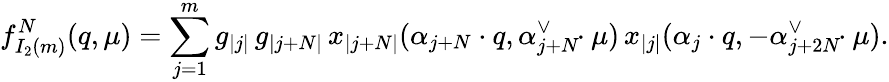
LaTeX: f_{I_{2}(m)}^{N}(q,\mu)=\sum_{j=1}^{m}g_{|j|}\, g_{|j+N|}\, x_{|j+N|}(\alpha_{j+N}\cdot q,\alpha_{j+N}^{\vee}\! \! \cdot\mu)\, x_{|j|}(\alpha_{j}\cdot q,-\alpha_{j+2N}^{\vee}\! \! \cdot\mu).